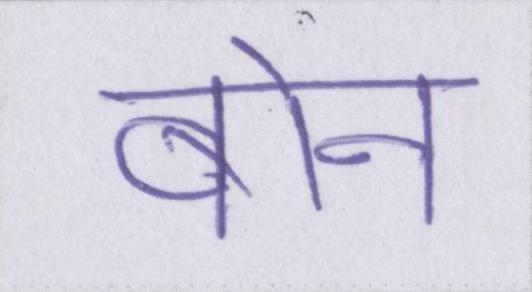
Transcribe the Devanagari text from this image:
बोन